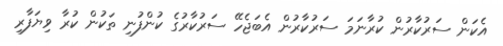
އެކަން ސަރުކާރުން ކުރާނަމަ ސަރުކާރުން އެބަޖެހޭ ސަރުކާރުގެ ކުންފުނި ތަކުން ކުރާ ވިޔަފާރި